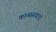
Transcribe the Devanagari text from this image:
काव्यसंवाद